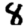
Digit: 8